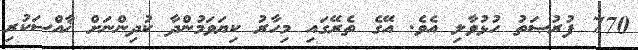
770 ފުރުޞަތު ހުޅުވާލި އެވެ. އޭގެ ތެރޭގައި މިހާރު ކިޔަވަމުންދާ ކުދިންނަށް ޚާއްސަކުރި